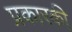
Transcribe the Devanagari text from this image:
प्रकारकी